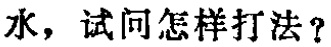
水，试问怎样打法？